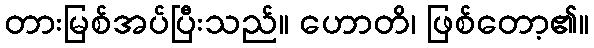
တားမြစ်အပ်ပြီးသည်။ ဟောတိ၊ ဖြစ်တော့၏။